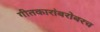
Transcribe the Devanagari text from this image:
गीतकारांबरोबरच